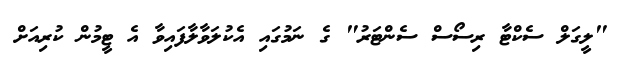
"ލީގަލް ސެކްޓާ ރިސޯސް ސެންޓަރު" ގެ ނަމުގައި އެކުލަވާލާފައިވާ އެ ޓީމުން ކުރިއަށް